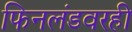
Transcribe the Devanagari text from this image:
फिनलंडवरही